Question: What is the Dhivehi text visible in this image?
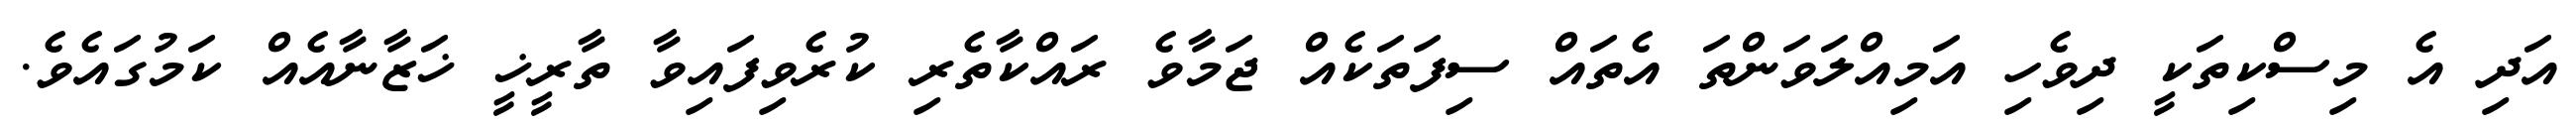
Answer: އަދި އެ މިސްކިތަކީ ދިވެހި އަމިއްލަވަންތަ އެތައް ސިފަތަކެއް ޖަމާވެ ރައްކާތެރި ކުރެވިފައިވާ ތާރީޚީ ޚަޒާނާއެއް ކަމުގައެވެ.